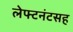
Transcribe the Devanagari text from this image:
लेफ्टनंटसह